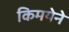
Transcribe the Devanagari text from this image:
किमयेने